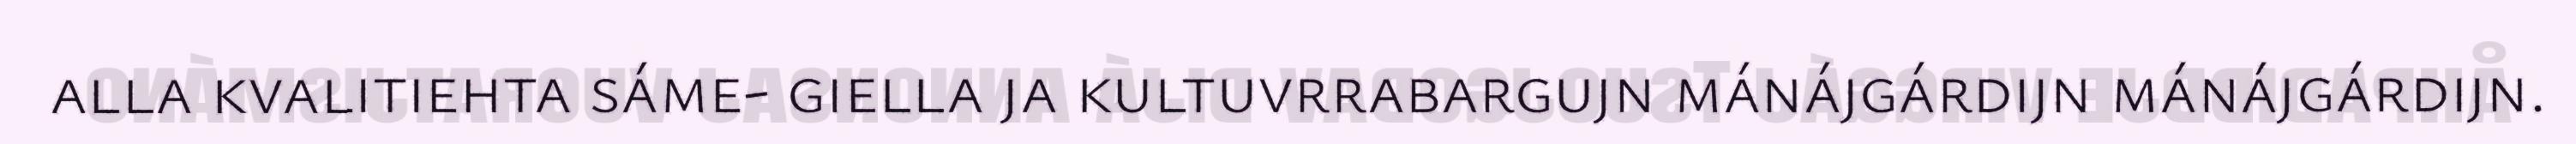
alla kvalitiehta sáme- giella ja kultuvrrabargujn mánájgárdijn mánájgárdijn.